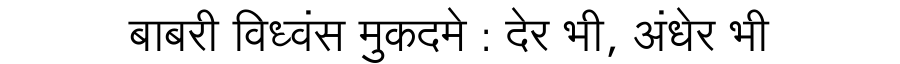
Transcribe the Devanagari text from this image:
बाबरी विध्वंस मुकदमे : देर भी, अंधेर भी